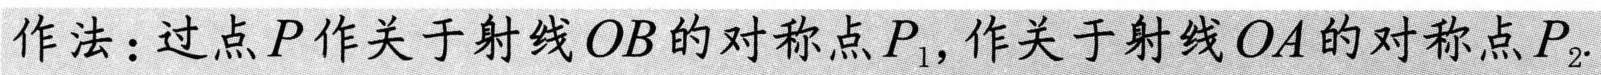
作法：过点\(P\)作关于射线\(OB\)的对称点\(P_1\)，作关于射线\(OA\)的对称点\(P_2\).